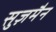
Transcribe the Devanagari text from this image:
सुज़मैन